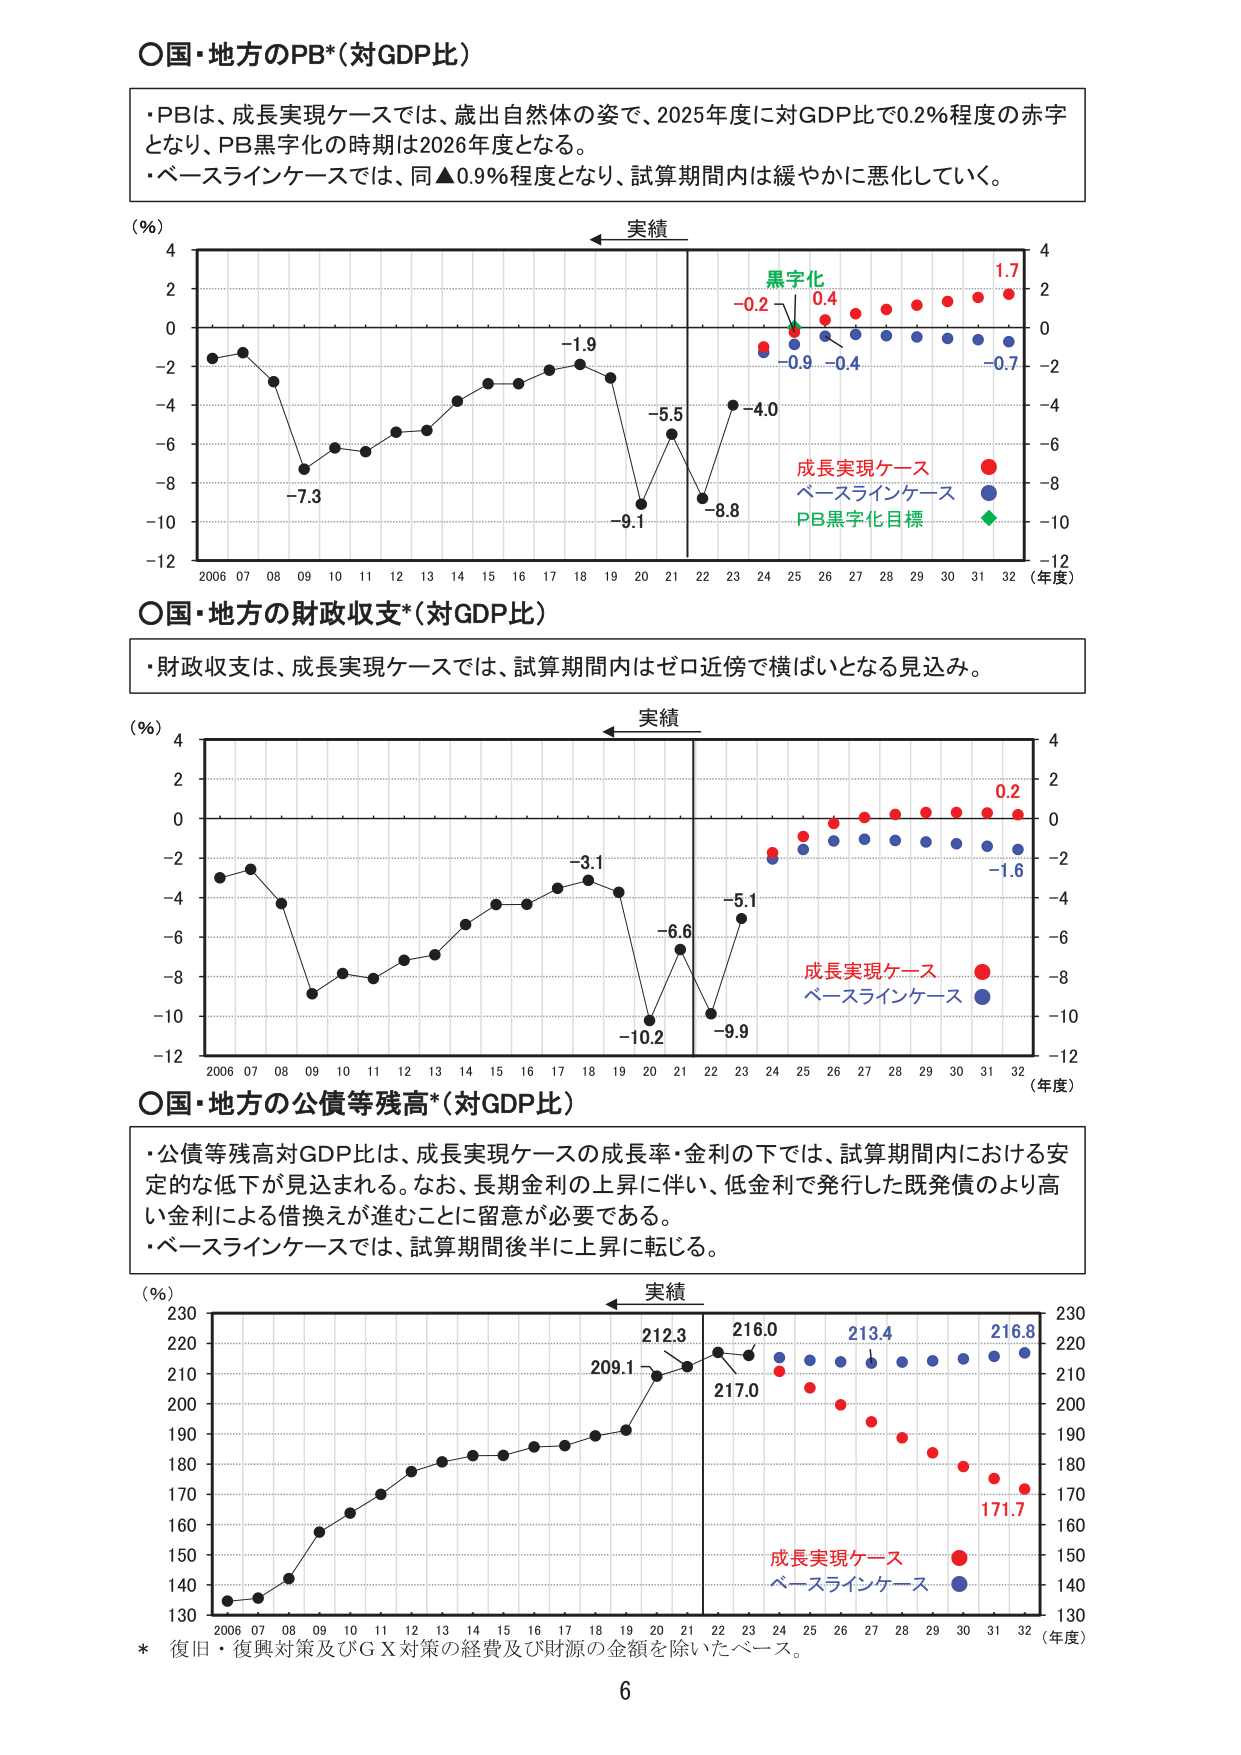
○国・地方のPB*(対GDP比)

・PBは、成長実現ケースでは、歳出自然体の姿で、2025年度に対GDP比で0.2％程度の赤字となり、PB黒字化の時期は2026年度となる。
・ベースラインケースでは、同▲0.9％程度となり、試算期間内は緩やかに悪化していく。

(％)
実績
4
2
0
-2
-4
-6
-8
-10
-12
2006 07 08 09 10 11 12 13 14 15 16 17 18 19 20 21 22 23 24 25 26 27 28 29 30 31 32 (年度)
-7.3
-1.9
-9.1
-5.5
-8.8
-4.0
-0.2
0.4
-0.9
-0.4
-0.7
1.7
黒字化
成長実現ケース
ベースラインケース
PB黒字化目標

○国・地方の財政収支*(対GDP比)

・財政収支は、成長実現ケースでは、試算期間内はゼロ近傍で横ばいとなる見込み。

(％)
実績
4
2
0
-2
-4
-6
-8
-10
-12
2006 07 08 09 10 11 12 13 14 15 16 17 18 19 20 21 22 23 24 25 26 27 28 29 30 31 32 (年度)
-3.1
-10.2
-6.6
-9.9
-5.1
0.2
-1.6
成長実現ケース
ベースラインケース

○国・地方の公債等残高*(対GDP比)

・公債等残高対GDP比は、成長実現ケースの成長率・金利の下では、試算期間内における安定的な低下が見込まれる。なお、長期金利の上昇に伴い、低金利で発行した既発債のより高い金利による借換えが進むことに留意が必要である。
・ベースラインケースでは、試算期間後半に上昇に転じる。

(％)
実績
230
220
210
200
190
180
170
160
150
140
130
2006 07 08 09 10 11 12 13 14 15 16 17 18 19 20 21 22 23 24 25 26 27 28 29 30 31 32 (年度)
209.1
212.3
216.0
217.0
213.4
216.8
171.7
成長実現ケース
ベースラインケース

* 復旧・復興対策及びＧＸ対策の経費及び財源の金額を除いたベース。
6